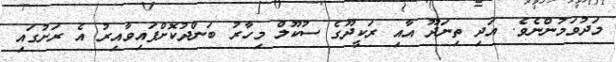
މަދުވަމުންނެވެ. އަދި ތިނަދޫ އާއި ރަކީދޫގެ ސުކޫލް މިހާރު ބަންދުކޮށްފައިވާއިރު އެ ރަށުގައި